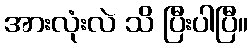
အားလုံးလဲ သိ ပြီးပါပြီ။